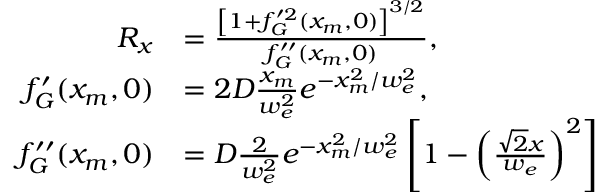
\begin{array} { r l } { R _ { x } } & { = \frac { \left[ 1 + f _ { G } ^ { \prime 2 } ( x _ { m } , 0 ) \right] ^ { 3 / 2 } } { f _ { G } ^ { \prime \prime } ( x _ { m } , 0 ) } , } \\ { f _ { G } ^ { \prime } ( x _ { m } , 0 ) } & { = 2 D \frac { x _ { m } } { w _ { e } ^ { 2 } } e ^ { - x _ { m } ^ { 2 } / w _ { e } ^ { 2 } } , } \\ { f _ { G } ^ { \prime \prime } ( x _ { m } , 0 ) } & { = D \frac { 2 } { w _ { e } ^ { 2 } } e ^ { - x _ { m } ^ { 2 } / w _ { e } ^ { 2 } } \left[ 1 - \left( \frac { \sqrt { 2 } x } { w _ { e } } \right) ^ { 2 } \right] } \end{array}